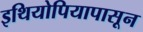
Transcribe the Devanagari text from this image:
इथियोपियापासून